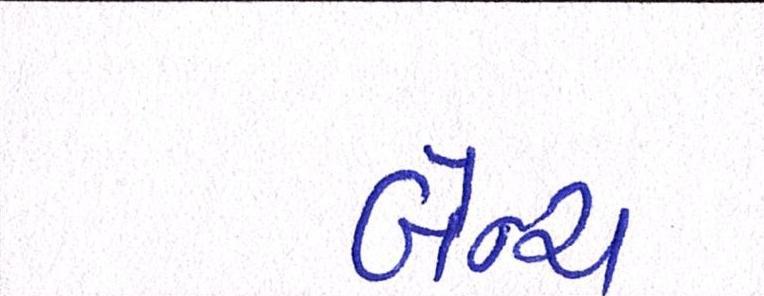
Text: બેન્ચ